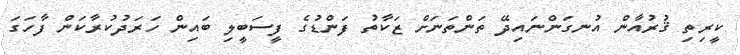
ކީރިތި ޤުރުއާން އުނގަންނައިދޭ ތަންތަނަށް ޒަކާތު ފަންޑުގެ ފީސަބީލި ބައިން ހަރަދުކުރާކަން ފާހަގަ